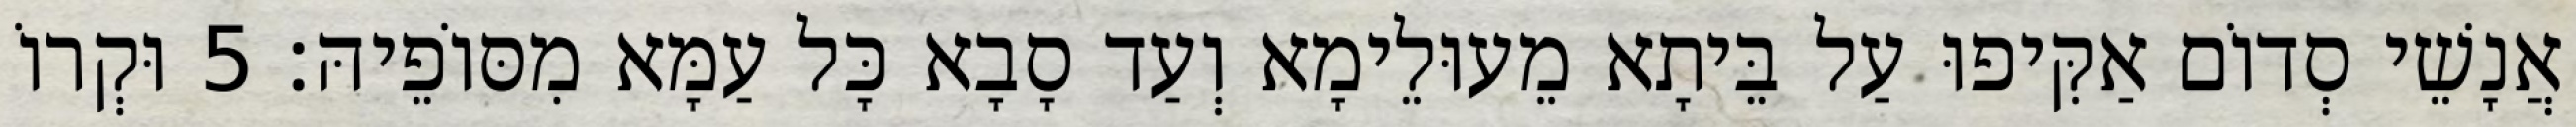
אֲנָשֵׁי סְדוֹם אַקִּיפוּ עַל בֵּיתָא מֵעוּלֵימָא וְעַד סָבָא כָּל עַמָּא מִסּוֹפֵיהּ׃ 5 וּקְרוֹ